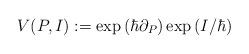
LaTeX: \begin{align*} V(P, I) := \exp\left(\hbar \partial_P\right)\exp\left(I /\hbar\right)\end{align*}